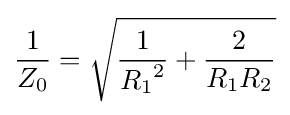
{\frac {1}{Z_{0}}}={\sqrt {{\frac {1}{{R_{1}}^{2}}}+{\frac {2}{R_{1}R_{2}}}}}